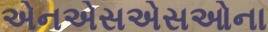
એનએસએસઓના